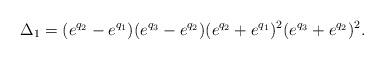
LaTeX: \begin{align*}\Delta_1=(e^{q_2}-e^{q_1})(e^{q_3}-e^{q_2})(e^{q_2}+e^{q_1})^2(e^{q_3}+e^{q_2})^2.\end{align*}